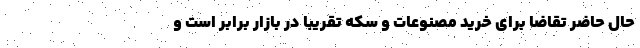
حال حاضر تقاضا برای خرید مصنوعات و سکه تقریبا در بازار برابر است و